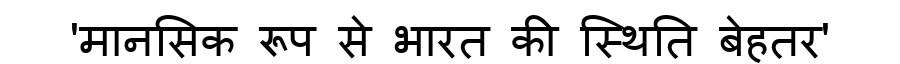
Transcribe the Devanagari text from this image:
'मानसिक रूप से भारत की स्थिति बेहतर'